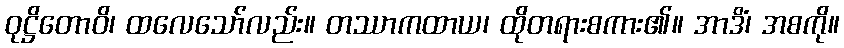
ဝုဋ္ဌိတောဝိ၊ ထလေသော်လည်း။ တဿာကထာယ၊ ထိုတရားစကား၏။ အာဒိံ၊ အစကို။